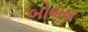
બોબબ